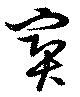
爽